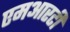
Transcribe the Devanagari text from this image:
एमआरटी